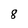
Character: 8